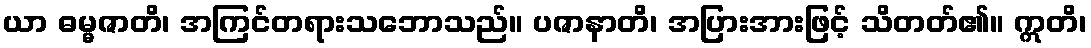
ယာ ဓမ္မဇာတိ၊ အကြင်တရားသဘောသည်။ ပဇာနာတိ၊ အပြားအားဖြင့် သိတတ်၏။ ဣတိ၊